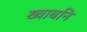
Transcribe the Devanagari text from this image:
ख्वाबनि